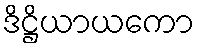
ဒိဋ္ဌိယာယကော